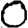
Digit: 0